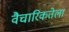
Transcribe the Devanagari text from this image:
वैचारिकतेला